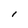
Character: I